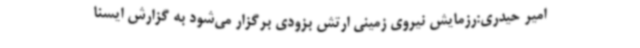
امیر حیدری:رزمایش نیروی زمینی ارتش بزودی برگزار می‌شود به گزارش ایسنا